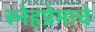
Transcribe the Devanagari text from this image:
स्नेहप्रेमाचे